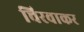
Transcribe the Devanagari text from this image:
चिरवाकर